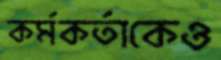
কর্মকর্তাকেও